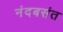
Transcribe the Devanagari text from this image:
नंदबसंत